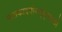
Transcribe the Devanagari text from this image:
पातकाद्घोराद्गुरूभक्तो